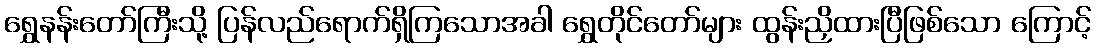
ရွှေနန်းတော်ကြီးသို့ ပြန်လည်ရောက်ရှိကြသောအခါ ရွှေတိုင်တော်များ ထွန်းညှိထားပြီဖြစ်သော ကြောင့်